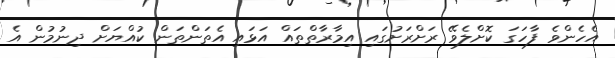
އެހެންވެ ފާހަގަ ކޮށްލެވޭ ރަށްރަށުގައި އިމާރާތްތައް އަޅައި އެތަންތަން ކުއްޔަށް ދިނުމުން އެ